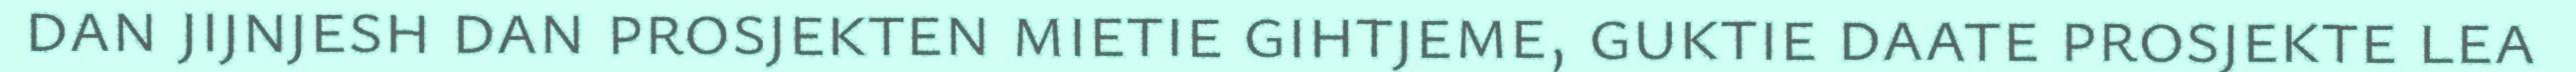
dan jijnjesh dan prosjekten mietie gihtjeme, guktie daate prosjekte lea